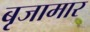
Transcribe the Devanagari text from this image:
बृजामार